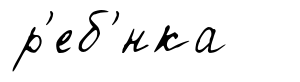
р'еб'́нка